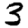
Digit: 3